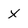
Character: X